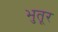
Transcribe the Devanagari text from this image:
भुतूर